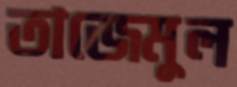
তাজেমুল